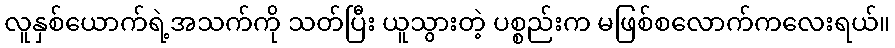
လူနှစ်ယောက်ရဲ့အသက်ကို သတ်ပြီး ယူသွားတဲ့ ပစ္စည်းက မဖြစ်စလောက်ကလေးရယ်။